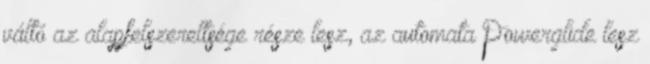
váltó az alapfelszereltsége része lesz, az automata Powerglide lesz